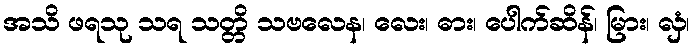
အသိ ဖရသု သရ သတ္တိ သဗလေန၊ လေး၊ ဓား၊ ပေါက်ဆိန်၊ မြား၊ လှံ၊